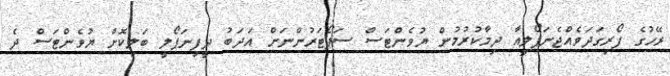
ރޭހުގެ ފޯރިގަދަވެއްޖެނަޕޯލީއާ ދިމާކުރުމުން ޔުވެންޓަސް ސަޕޯޓަރުންނަށް އަދަބު ދީފިނަޕޯލީ ބަލިކޮށް ޔުވެންޓަސް ދެ